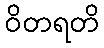
ဝိတရတိ